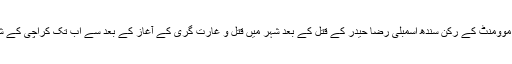
دو اگست 2010ء کو متحدہ قومی موومنٹ کے رکن سندھ اسمبلی رضا حیدر کے قتل کے بعد شہر میں قتل و غارت گری کے آغاز کے بعد سے اب تک کراچی کے شہری امن کے لئے ترس رہے ہیں۔